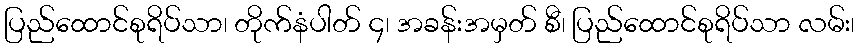
ပြည်ထောင်စုရိပ်သာ၊ တိုက်နံပါတ် ၄၊ အခန်းအမှတ် စီ၊ ပြည်ထောင်စုရိပ်သာ လမ်း၊